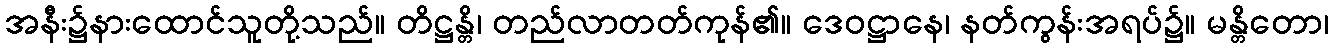
အနီး၌နားထောင်သူတို့သည်။ တိဋ္ဌန္တိ၊ တည်လာတတ်ကုန်၏။ ဒေဝဋ္ဌာနေ၊ နတ်ကွန်းအရပ်၌။ မန္တိတော၊